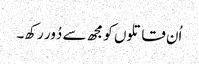
اُن قاتلوں کو مجھ سے دُور رکھ۔